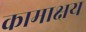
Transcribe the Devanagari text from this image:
कामाक्षय